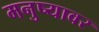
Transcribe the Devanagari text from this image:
मनुष्यावर